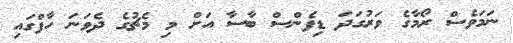
ނަމަވެސް ރޯމާގެ ވަރުގަދަ ޑިފެންސް ބާސާ އަށް މި މެޗުގެ ދެވަނަ ހާފްގައި